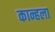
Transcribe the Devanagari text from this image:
कान्हला